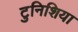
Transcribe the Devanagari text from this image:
टुनिशिया